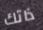
ذاتك